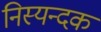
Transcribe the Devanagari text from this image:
निस्यन्दक